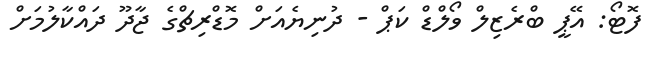
ފޮޓޯ: އޭޕީ ބްރެޒިލް ވޯލްޑް ކަޕް - ދުނިޔެއަށް މޮޑްރިޗްގެ ޖާދޫ ދައްކާލުމަށް